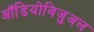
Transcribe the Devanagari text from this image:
ऑडियोविजुअल